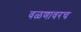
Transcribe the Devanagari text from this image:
वळणावरच